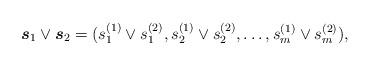
LaTeX: \begin{align*}\boldsymbol{s}_1 \vee \boldsymbol{s}_2 = (s_1^{(1)} \vee s_{1}^{(2)},s_2^{(1)} \vee s_{2}^{(2)},\dots,s_m^{(1)} \vee s_{m}^{(2)}),\end{align*}